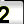
Digit: 2